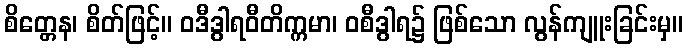
စိတ္တေန၊ စိတ်ဖြင့်။ ဝဒီဒွါရဝီတိက္ကမာ၊ ဝစီဒွါရ၌ ဖြစ်သော လွန်ကျူးခြင်းမှ။